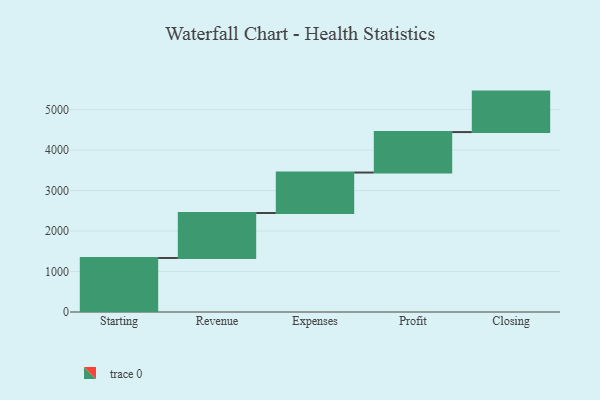
{"axis": {"x": "Step", "y": "Value"}, "legend": [""], "data": [{"x": "Starting", "y": 1335.0, "type": ""}, {"x": "Revenue", "y": 1111.0, "type": ""}, {"x": "Expenses", "y": 1000, "type": ""}, {"x": "Profit", "y": 1000, "type": ""}, {"x": "Closing", "y": 1000, "type": ""}]}